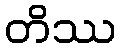
တိဿ